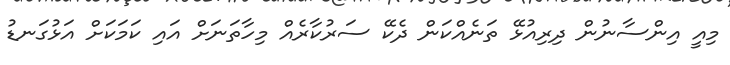
މިއީ އިންސާނުން ދިރިއުޅޭ ތަނެއްކަން ދެކޭ ސަރުކާރެއް މިހާތަނަށް އައި ކަމަކަށް އަޅުގަނޑު